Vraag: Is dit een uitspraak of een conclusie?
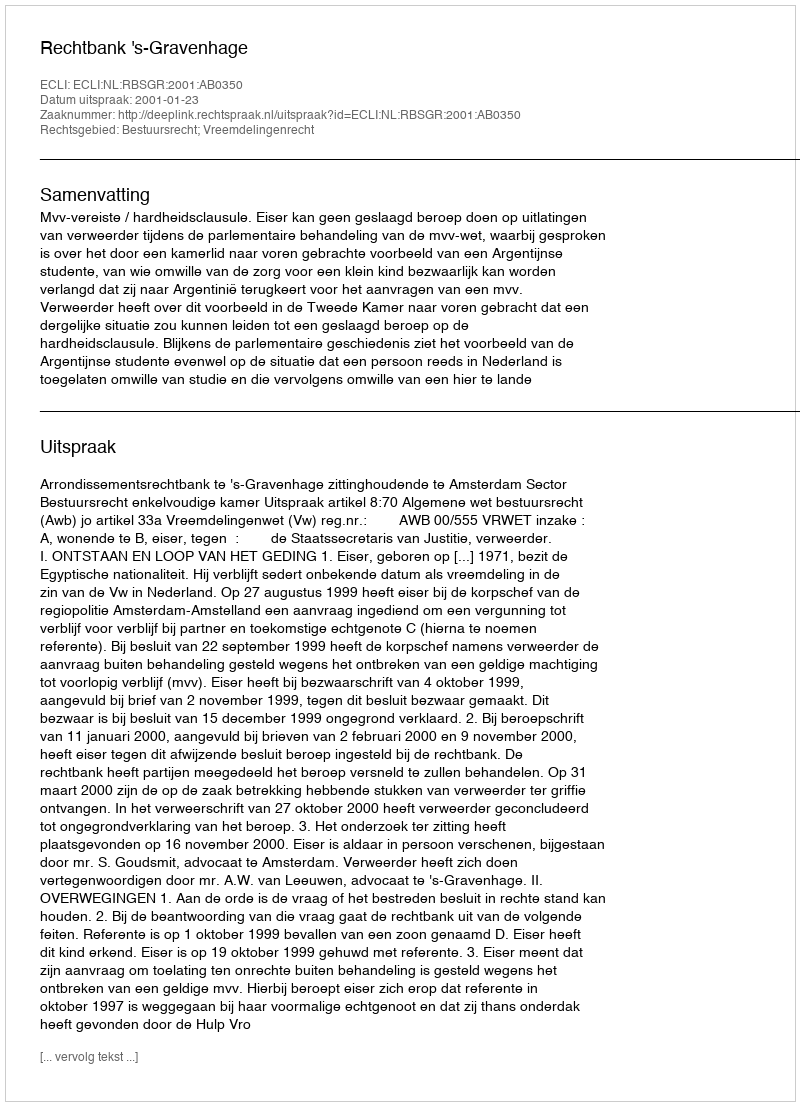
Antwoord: Uitspraak